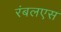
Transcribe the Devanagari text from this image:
रंबलएस